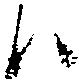
ハ